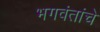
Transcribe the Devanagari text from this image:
भगवंतांचे